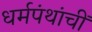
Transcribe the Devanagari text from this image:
धर्मपंथांचीं